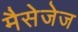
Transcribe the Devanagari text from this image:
मैसेजेज